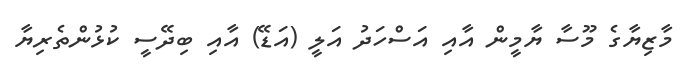
މާޒިޔާގެ މޫސާ ޔާމީން އާއި އަސްހަދު އަލީ (އަޑޭ) އާއި ބިދޭސީ ކުޅުންތެރިޔާ